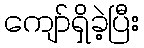
ကျော်ရှိခဲ့ပြီး